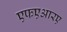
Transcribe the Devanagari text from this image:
एफएआरए